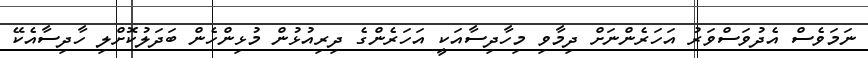
ނަމަވެސް އެދުވަސްވަރު އަހަރެންނަށް ދިމާވި މިހާދިސާއަކީ އަހަރެންގެ ދިރިއުޅުން މުޅިންހެން ބަދަލުކޮށްލި ހާދިސާއެކޭ